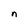
Character: n